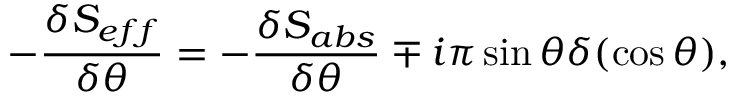
- \frac { \delta S _ { e f f } } { \delta \theta } = - \frac { \delta S _ { a b s } } { \delta \theta } \mp i \pi \sin \theta \delta ( \cos \theta ) ,